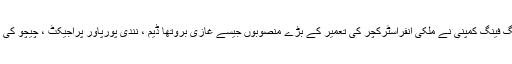
کیس کی سماعت کے دوران چینی کمپنی کے وکیل نے تسلیم کیا کہ ڈانگ فینگ کمپنی نے ملکی انفراسٹرکچر کی تعمیر کے بڑے منصوبوں جیسے غازی بروتھا ڈیم ، نندی پورپاور پراجیکٹ ، چیچو کی ملیاں پاور پراجیکٹ اور پاک چین ریل لنک فزیبلٹی میں شرکت کی ہے۔